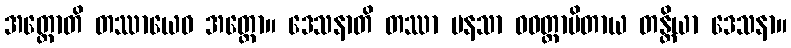
အတ္ထောတိ တဿာယေဝ အတ္ထော။ ဒေသနာတိ တဿာ မနသာ ဝဝတ္ထာပိတာယ တန္တိယာ ဒေသနာ။